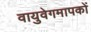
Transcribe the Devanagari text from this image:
वायुवेगमापकों